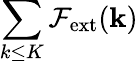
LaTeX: \sum_{k\le K}\mathcal{F}_{\mathrm{ext}}({\mathbf k})